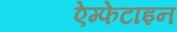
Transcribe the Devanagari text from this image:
ऐम्फेटाइन